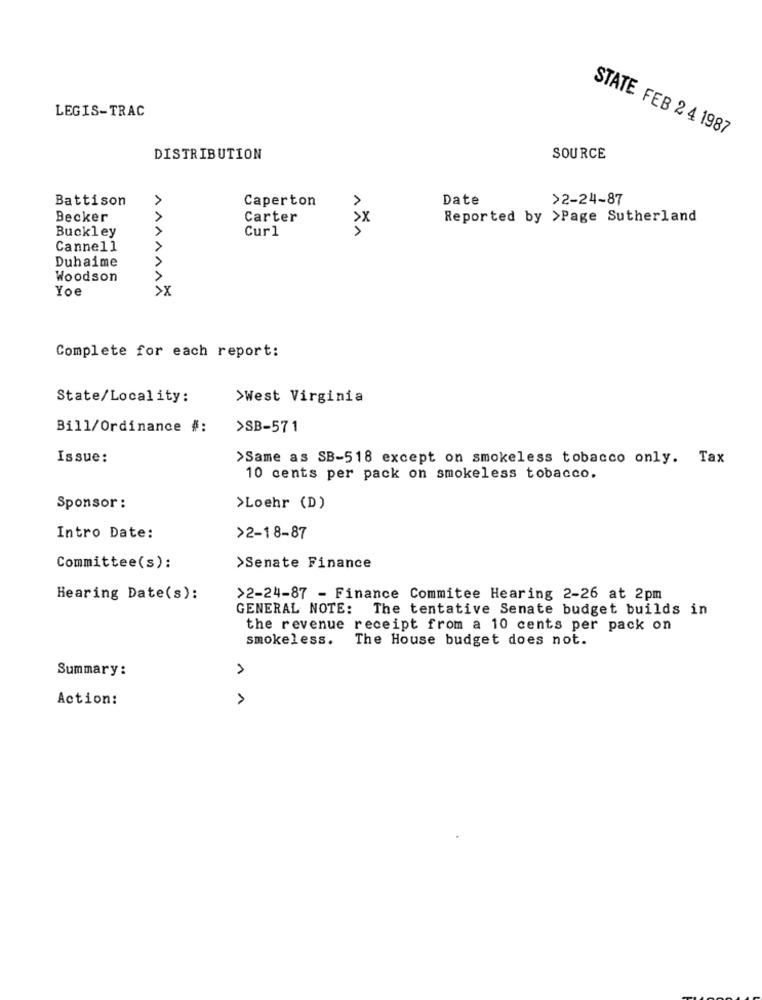
LEGIS-TRAC
STATE FEB 2 4 1987
DISTRIBUTION
SOURCE
Battison
Caperton
Date
>2-24-87
>
Becker
Carter
>x
Reported by >Page Sutherland
Buckley
>
Curl
Cannell
>
Duhaime
Woodson
Yoe
>X
Complete for each report:
State/Locality:
>West Virginia
Bill/Ordinance #:
>SB-571
Issue:
>Same as SB-518 except on smokeless tobacco only. Tax
10 cents per pack on smokeless tobacco.
Sponsor:
>Loehr (D)
Intro Date:
>2-18-87
Committee(s):
>Senate Finance
Hearing Date(s):
>2-24-87 - Finance Commitee Hearing 2-26 at 2pm
GENERAL NOTE: The tentative Senate budget builds in
the revenue receipt from a 10 cents per pack on
smokeless.
The House budget does not.
Summary :
1
Action:
1